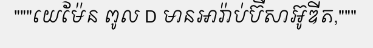
"""យេម៉ែន ពូល D មានអារ៉ាប់ប៊ីសាអ៊ូឌីត,"""